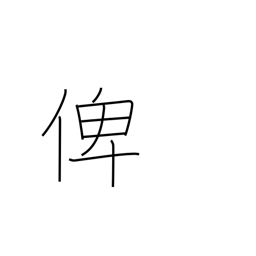
Meaning: tutor